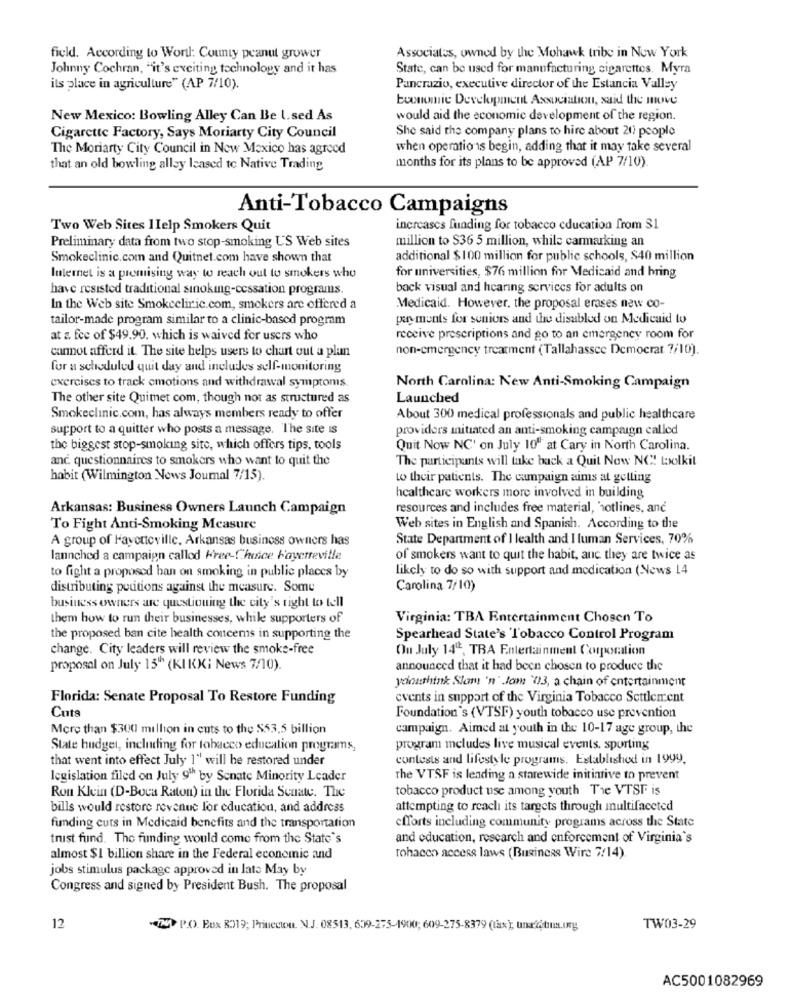
field. According to Wortl: County peanut grower
Associates, owned by the Mohawk tribe in New York
Johnny Cochran, "it's exciting technology and it has
State, can be used for manufacturing cigarettes. Myra
its place in agriculture" (AP 7/10).
Pancrazio, executive director of the Estancia Valley
buonomie Development Association, said the move
New Mexico: Bowling Alley Can Be l.sed As
would aid the economic development of the region.
She said the company plans to hire about 20 people
Cigarette Factory, Says Moriarty City Council
The Moriarty City Council in New Mexico has agreed
when operations begin, adding that it may take several
that an old bowling alley leased te Native Trading
months for its plans to be approved (AP 7/10).
Anti-Tobacco Campaigns
Two Web Sites Help Smokers Quit
increases funding for tobacco education from $1
Preliminary data from two stop-smoking U'S Web sites
million to $36 5 million, while carmarking an
Smokeclinic.com and Quitnet.com have shown that
additional $100 million for public schools, $40 million
for universities, $76 million for Medicaid and hring
Internet is a promising way to reach out to smokers who
have resisted traditional sinoking-cessation programs.
back visual and hearing services for adults on
In the Web site Smokeclinic.com, smokers are offered a
Medicaid. However, the proposal erases new co-
tailor-made program similar to a clinic-based program
pan ments for seniors and the disabled on Medicaid to
at a. fee of $49.90. which is waived for users who
receive prescriptions and go to an emergency room for
cannot afford it. The site helps users to chart out a plan
non-emergency treatment (Tallahassee Democrat 7/10).
for a scheduled quit day and includes self-monitoring
exercises to track emotions and withdrawal symptoms.
North Carolina: New Anti-Smoking Campaign
The other site Quimet com, though not as structured as
Launched
Smokeclinic.com, has always members ready to offer
About 300 medical professionals and public healthcare
support to a quitter who posts a message. The site Is
providers mitated an anti-smoking campaign called
the biggest stop-smoking site, which offers tips, tools
Quit Now NC' on July 10" at Cary in North Carolina.
anc. questionnaires to smokers who want to quit the
The participants will take back a Quit Now NC! bolkit
habit (Wilmington News Journal 7/15).
to their patients. The campaign aims at gelling
healthcare workers more involved in building
Arkansas: Business Owners Launch Campaign
resources and includes free material, hotlines, and
To Fight Anti-Smoking Measure
Web sites in English and Spanish. According to the
A group of Fayetteville, Arkansas business owners has
State Department of I lealth and I luman Services, 70%
launched a campaign callod Wree-Choice Fayetteville
of smokers want to quit the habit, and they are twice as
likely to do so with support and medication (News 14
to fight a proposed ban on smoking in public places by
distributing poutions against the measure. Some
Carolina 7/10)
business owners are questioning the city's right to tell
them how to run their businesses, while supporters of
Virginia: TBA Entertainment Chosen To
the proposed ban cite health concerns in supporting the
Spearhead State's Tobacco Control Program
change. City leaders will review the smoke-free
On July 14º, TRA Entertainment Corporation
proposal on July 15" (KIKKi News 7/10).
announced that it had been chosen to produce the
youthink Slam 'n' Jom '03, a chain of entertainment
Florida: Senate Proposal To Restore Funding
events in support of the Virginia Tobacco Settlement
Cuts
Foundation's (VTSF) youth tobacco use prevention
More than $300 million in cuts to the $53,5 billion
campaign. Aimed at youth in the 10-17 age group, the
State budget, including for tobacco education programs,
program meludes live musical events. sporting
that went into effect July 1" will be restored under
contests and lifestyle programs. Established in 1999.
legislation filed on July 91h by Senate Minority Leader
The VTSF is lending a starewide initiative to prevent
Ron Klein (D-Boca Raton) in the Florida Senate. The
tobacco product use among youth The VTSF is
bills would restore revenue for education, and address
attempting to reach its targets through multifaceted
funding cuts in Medicaid benefits and the transportation
efforts including community programs across the State
trist fund. The funding would come from the State's
and education, research and enforcement of Virginia's
almost $1 billion share in the Federal economic and
tohacen access laws (Business Wire 7/14).
jobs stimulus package approved in late May by
Congress and signed by President Bush. The proposal
12
24 P.O. Box 8019; Princeton. N.J. 08513, 609-275-1900; 609-275-8379 (tax); una åtins.org
TW03-29
AC5001082969